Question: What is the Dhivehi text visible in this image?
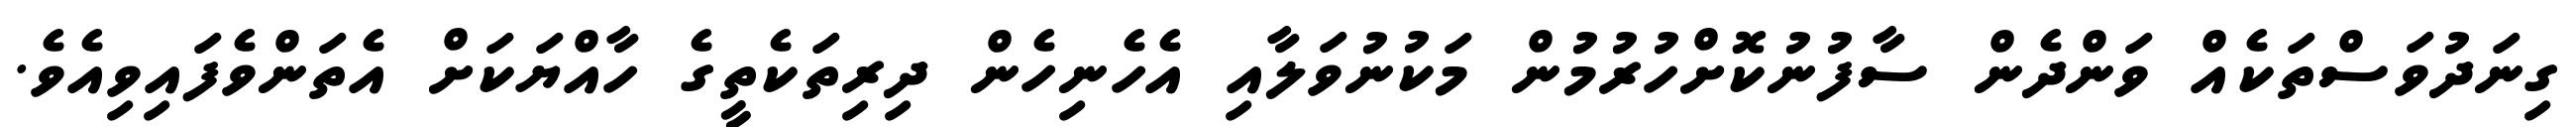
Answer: ގިނަދުވަސްތަކެއް ވަންދެން ސާފުނުކޮށްހުރުމުން މަކުނުވަލާއި އެހެނިހެން ދިރިތަކެތީގެ ހާއްޔަކަށް އެތަންވެފައިވިއެވެ.